Civil Veterinary Dept. Bombay admin report 1914-1922 - 1914-1922
Year: 1914
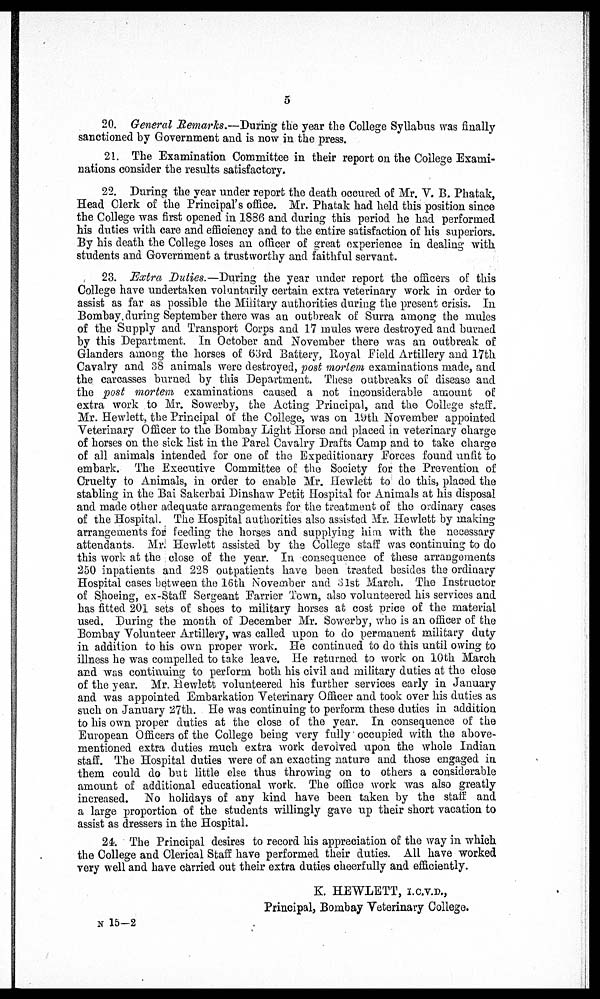
5
20. General Remarks.—During the year the College Syllabus was finally
sanctioned by Government and is now in the press.
21. The Examination Committee in their report on the College Exami-
nations consider the results satisfactory.
22. During the year under report the death occured of Mr. V. B. Phatak,
Head Clerk of the Principal's office. Mr. Phatak had held this position since
the College was first opened in 1886 and during this period he had performed
his duties with care and efficiency and to the entire satisfaction of his superiors.
By his death the College loses an officer of great experience in dealing with
students and Government a trustworthy and faithful servant.
23. Extra Duties.— During the year under report the officers of this
College have undertaken voluntarily certain extra veterinary work in order to
assist as far as possible the Military authorities during the present crisis. In
Bombay, during September there was an outbreak of Surra among the mules
of the Supply and Transport Corps and 17 mules were destroyed and burned
by this Department. In October and November there was an outbreak of
Glanders among the horses of 63rd Battery, Royal Field Artillery and 17th
Cavalry and 38 animals were destroyed, post mortem examinations made, and
the carcasses burned by this Department. These outbreaks of disease and
the post mortem examinations caused a not inconsiderable amount of
extra work to Mr. Sowerby, the Acting Principal, and the College staff.
Mr. Hewlett, the Principal of the College, was on 19th November appointed
Veterinary Officer to the Bombay Light Horse and placed in veterinary charge
of horses on the sick list in the Parel Cavalry Drafts Camp and to take charge
of all animals intended for one of the Expeditionary Forces found unfit to
embark. The Executive Committee of the Society for the Prevention of
Cruelty to Animals, in order to enable Mr. Hewlett to do this, placed the
stabling in the Bai Sakerbai Dinshaw Petit Hospital for Animals at his disposal
and made other adequate arrangements for the treatment of the ordinary cases
of the Hospital. The Hospital authorities also assisted Mr. Hewlett by making
arrangements for feeding the horses and supplying him with the necessary
attendants. Mr. Hewlett assisted by the College staff was continuing to do
this work at the close of the year. In consequence of these arrangements
250 inpatients and 228 outpatients have been treated besides the ordinary
Hospital cases between the 16th November and 31st March. The Instructor
of Shoeing, ex-Staff Sergeant Farrier Town, also volunteered his services and
has fitted 201 sets of shoes to military horses at cost price of the material
used. During the month of December Mr. Sowerby, who is an officer of the
Bombay Volunteer Artillery, was called upon to do permanent military duty
in addition to his own proper work. He continued to do this until owing to
illness he was compelled to take leave. He returned to work on 10th March
and was continuing to perform both his civil and military duties at the close
of the year. Mr. Hewlett volunteered his further services early in January
and was appointed Embarkation Veterinary Officer and took over his duties as
such on January 27th. He was continuing to perform these duties in addition
to his own proper duties at the close of the year. In consequence of the
European Officers of the College being very fully occupied with the above-
mentioned extra duties much extra work devolved upon the whole Indian
staff. The Hospital duties were of an exacting nature and those engaged in
them could do but little else thus throwing on to others a considerable
amount of additional educational work. The office work was also greatly
increased. No holidays of any kind have been taken by the staff and
a large proportion of the students willingly gave up their short vacation to
assist as dressers in the Hospital.
24. The Principal desires to record his appreciation of the way in which
the College and Clerical Staff have performed their duties. All have worked
very well and have carried out their extra duties cheerfully and efficiently.
K. HEWLETT, I.C.V.D.,
Principal, Bombay Veterinary College.
N 15—2